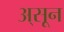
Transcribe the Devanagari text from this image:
अ्सून